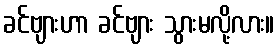
ခင်ဗျားဟာ ခင်ဗျား သွားမလို့လား။